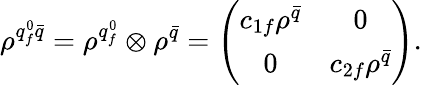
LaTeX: \rho^{q_{f}^{0}{\bar{q}}}=\rho^{q_{f}^{0}}\otimes\rho^{\bar{q}}=\left(\begin{array}{cc}{{c_{1f}\rho^{\bar{q}}}}&{{0}}\\ {{0}}&{{c_{2f}\rho^{\bar{q}}}}\end{array}\right).